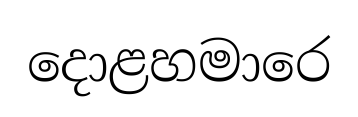
දොළහමාරෙ